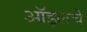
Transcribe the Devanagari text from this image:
ऑइलचे